Bréfritari: Benedikt Hálfdanarson
Dagsetning: A-1878-10-06
Skrifað á: Vesturheimi

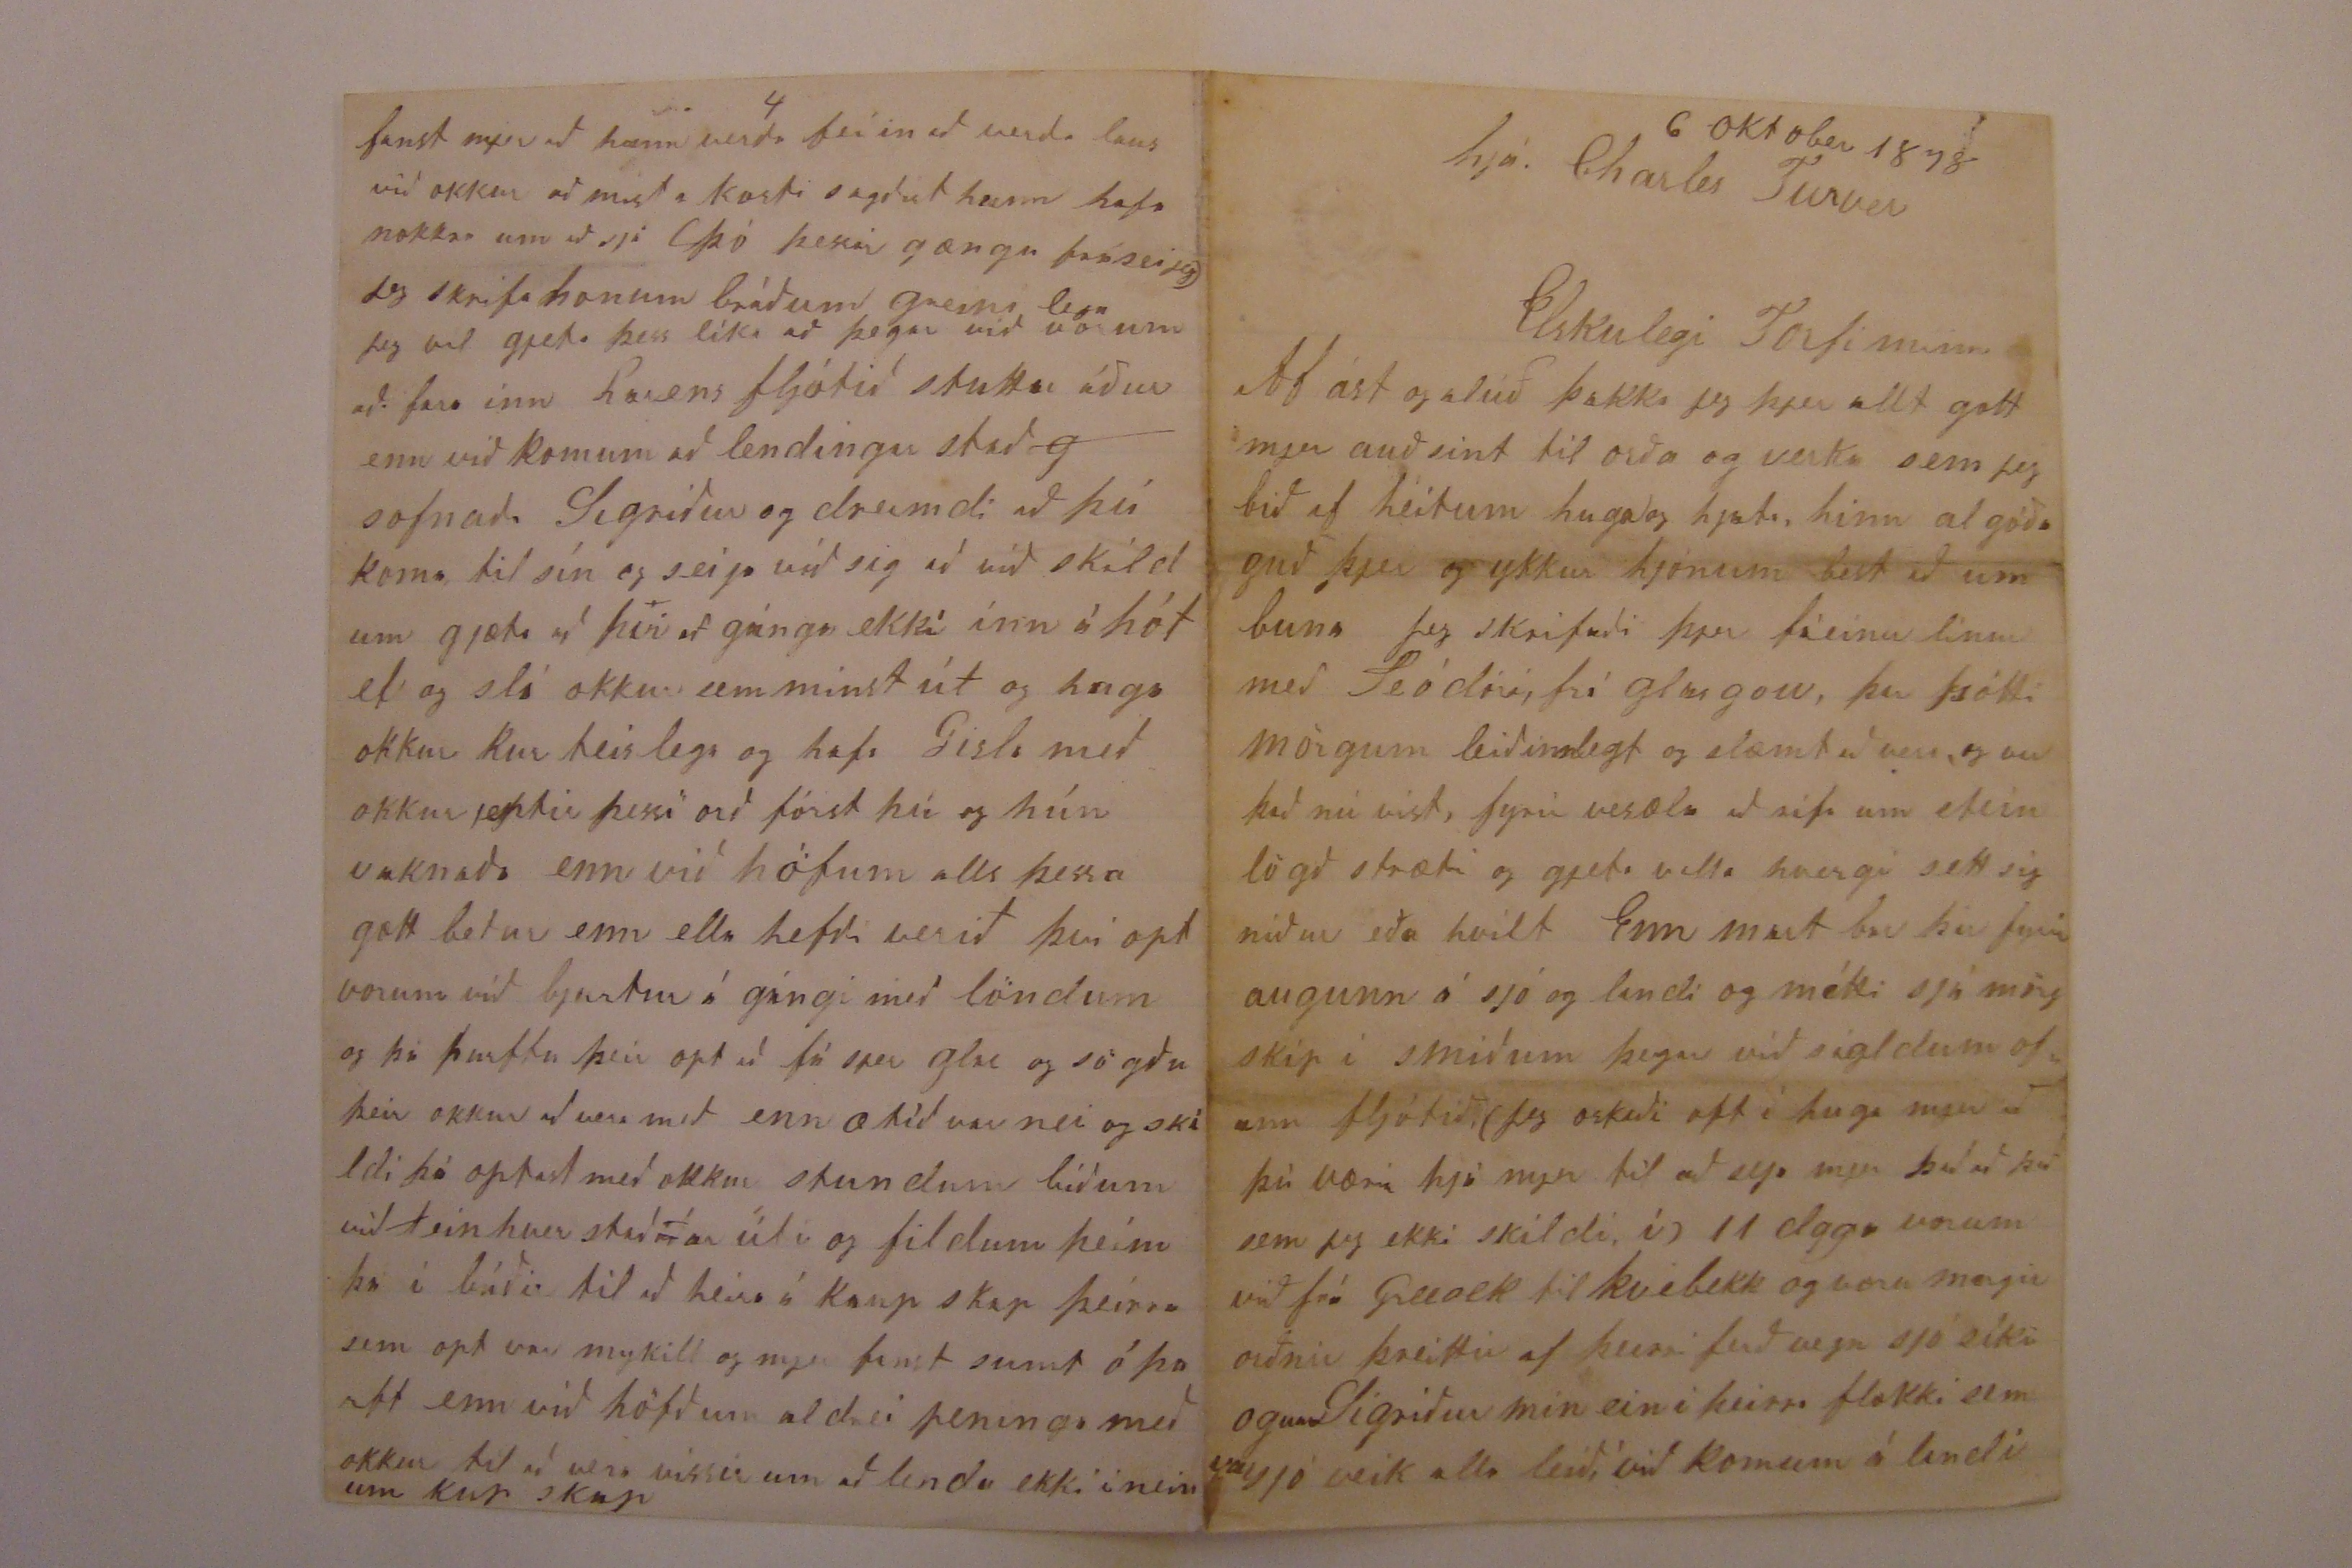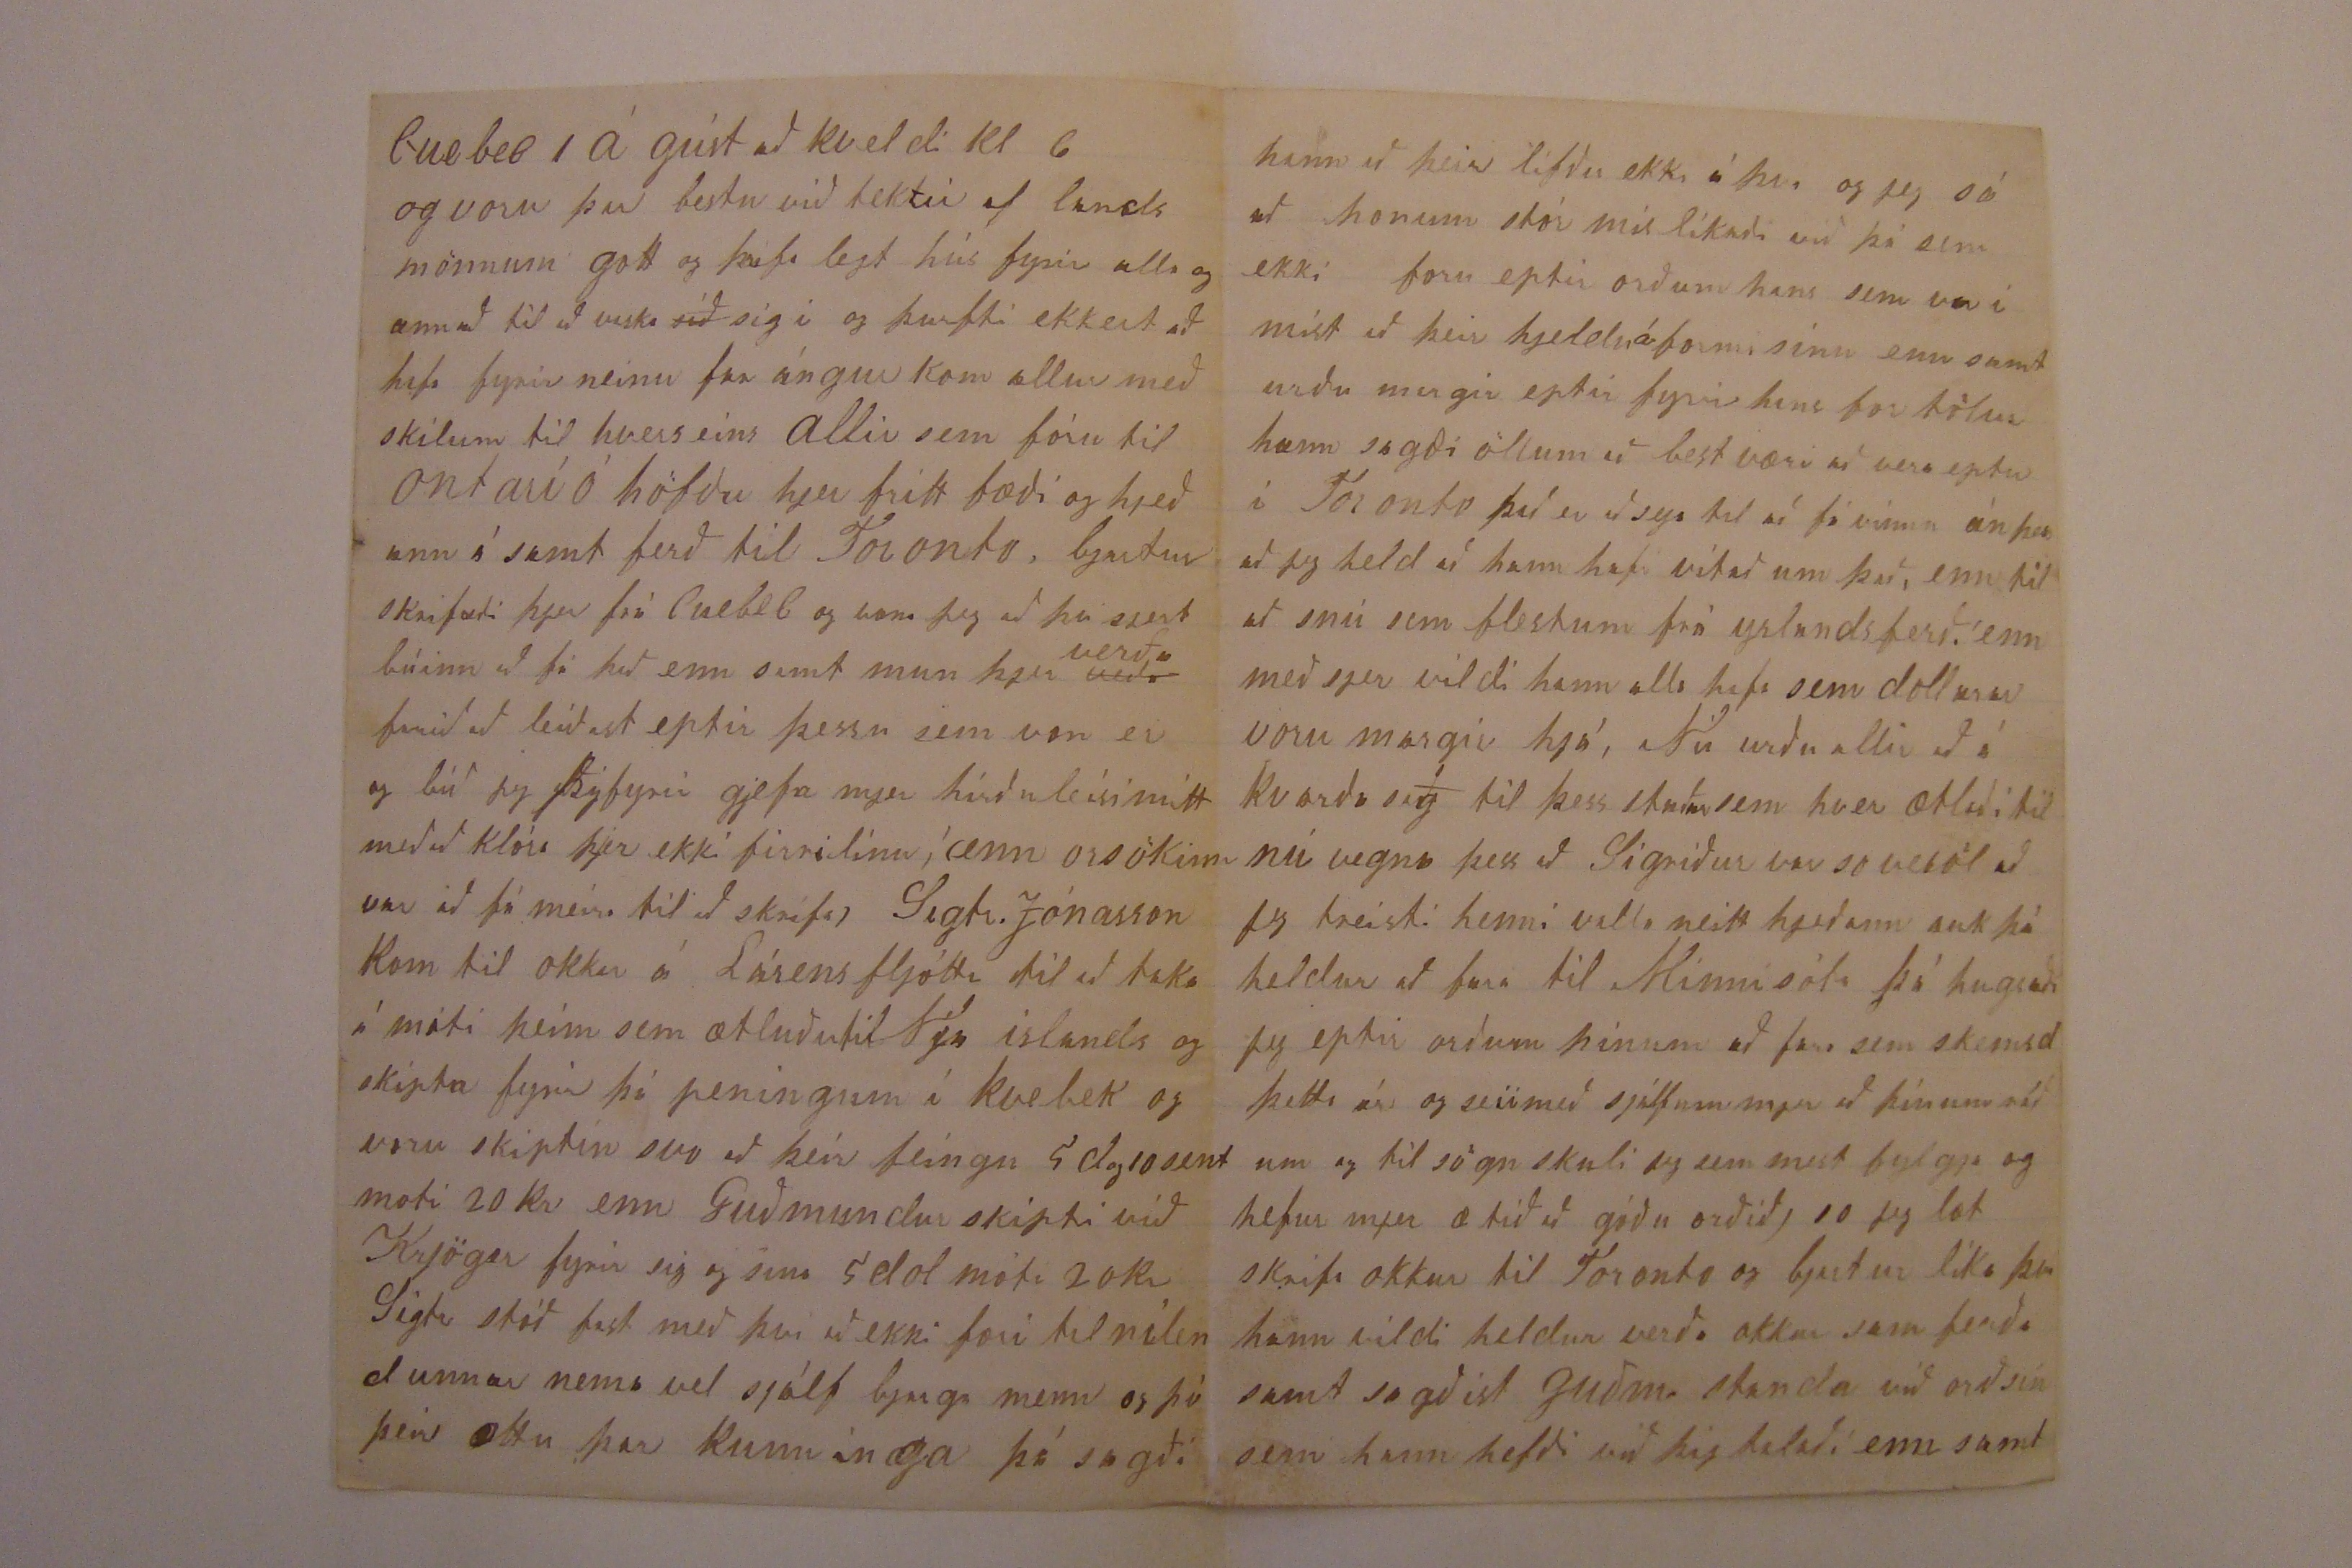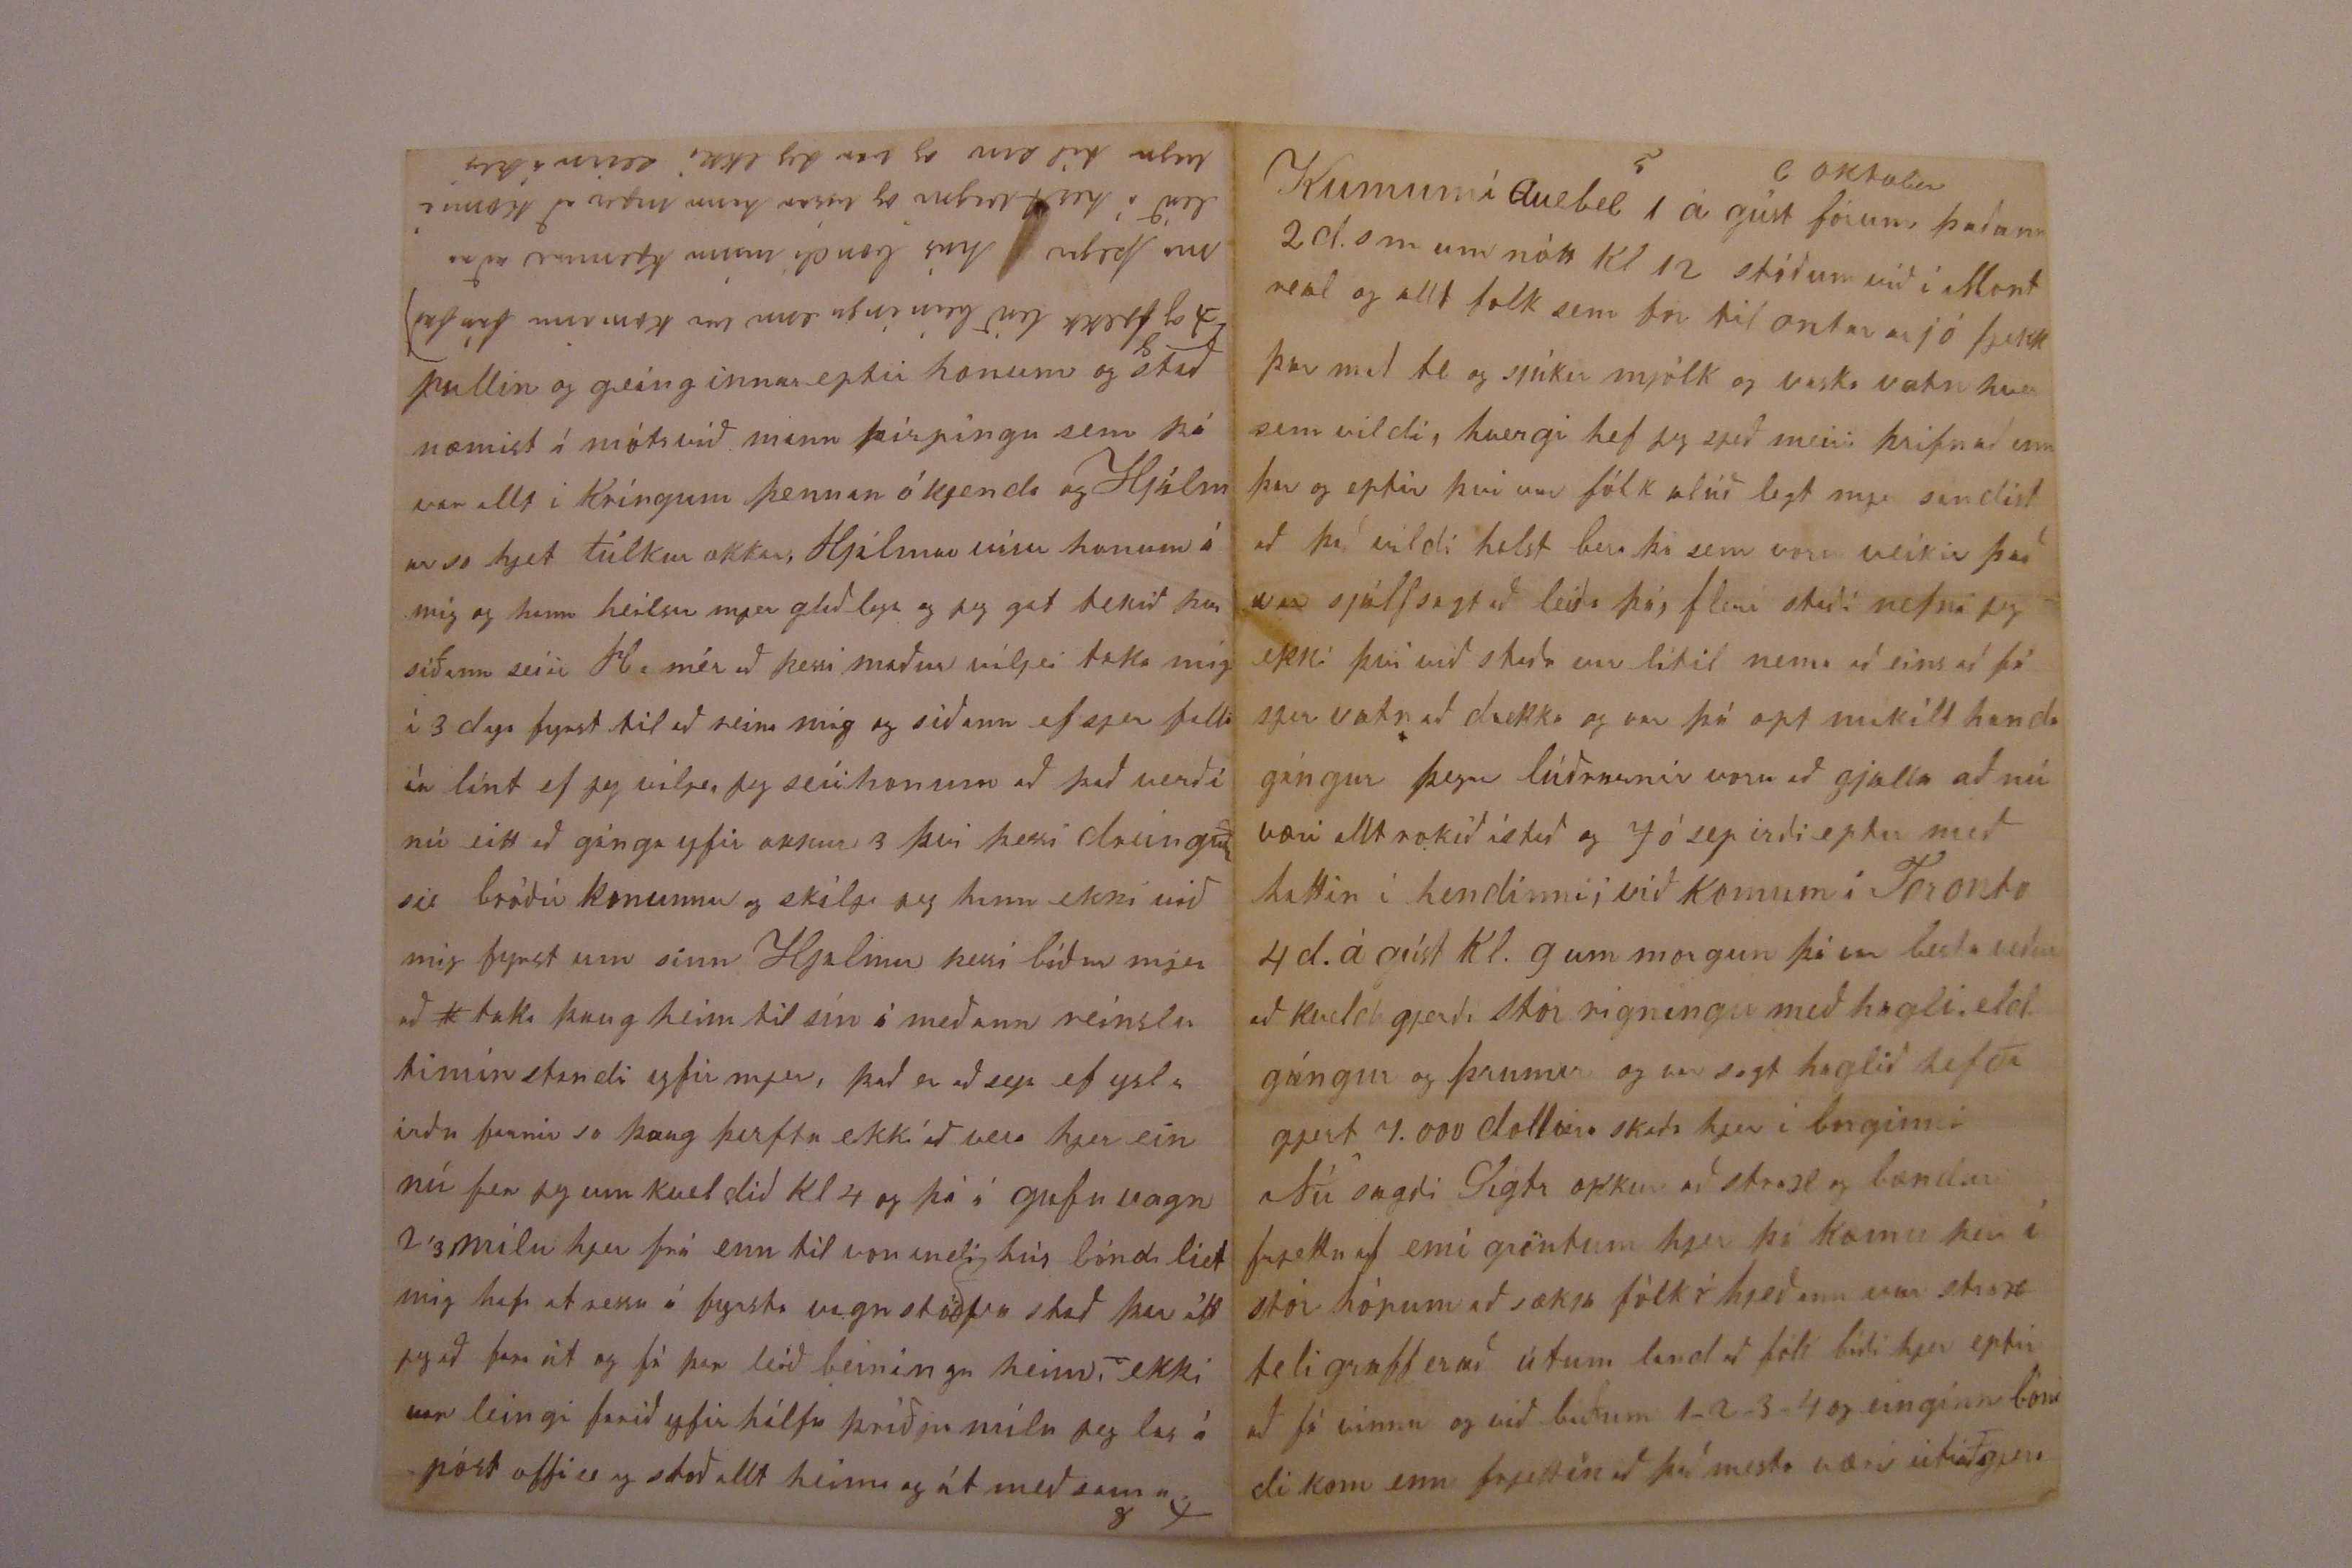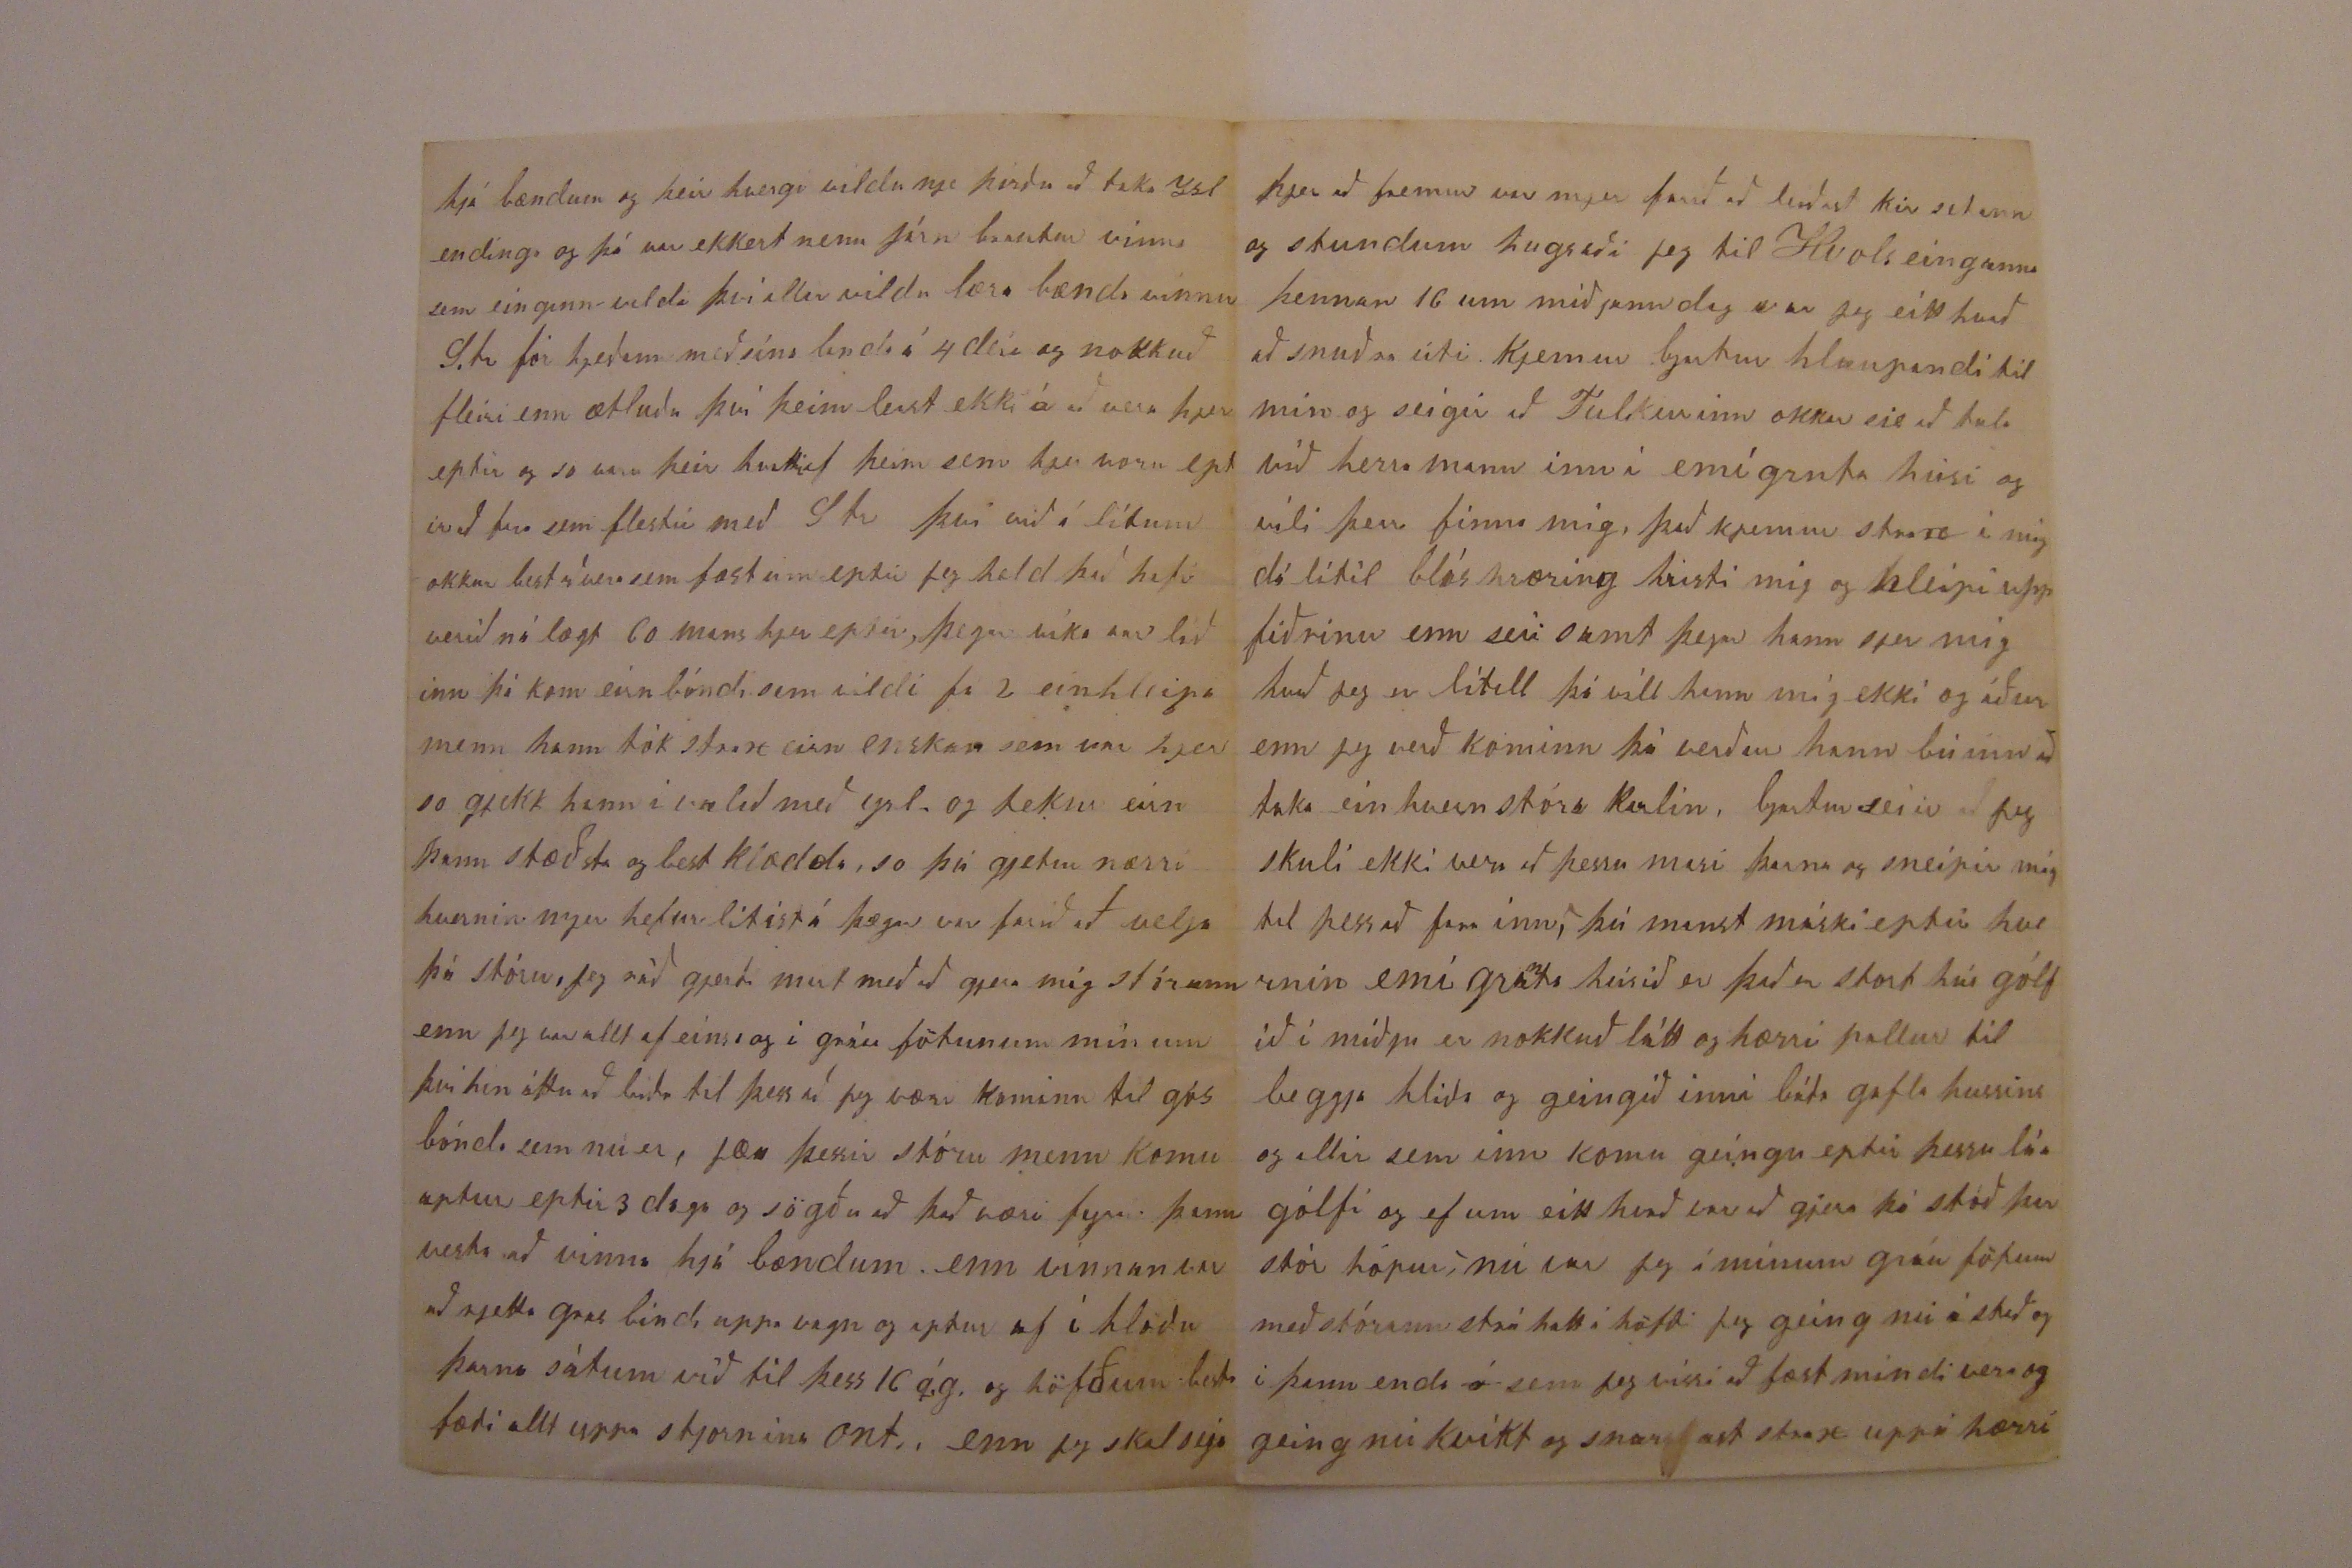

6 Oktober 1878
Elskulegi Torfi minn
Af ást og alúð þakka jeg þjer allt gott mjer auðsínt til orða og verka sem jeg bið af heilum huga og hjarta hinn al góða guð þjer og ykkur hjónum best að um buna Jeg skrifaði þjer fáeinar línur með Teódóri frá glasgow, þar þótti mörgum leiðinnlegt og slæmt að vera, og var það nú víst, fyrir vesæla að ráfa um stein lögð stræti og gjeta valla hvergi sett sig niður eða hvílt Enn mart bar þar fyrir augunn á sjó og landi og mátti sjá mörg skip í smíðum þegar við sigldum ofann fljótið (Jeg oskaði opt í huga mjer að þú værir hjá mjer til að seja mjer það að það sem jeg ekki skildi í) 11 daga vorum við frá
Grecock
til Kvebekk og voru margir orðnir þreittir af þeirri ferð vegn sjó síki og var Sigríður mín ein í þeirra flokki sem
var
sjó veik alla leið, við komum á land í
Cuebec 1 ágúst að kveldi kl 6 og voru þar bestu við tektir af lands mönnum gott og þrifalegt hús fyrir alla og annað til að vaska
við
sig í og þurfti ekkert að hafa fyrir neinu farángur kom allur með skilum til hvers eins Allir sem fóru til Ontaríó höfðu hjer frítt fæði og hjeðann á samt ferð til Toronto, bjartur skrifaði þjer frá Cuebek og vona jeg að þú sjert búinn að fá það enn samt mun þjer
veða
verða
farið að leiðast eptir þessu sem von er og bíð jeg þig fyrir gjefa mjer hirðuleisi mitt með að klóra þjer ekki firri línu (enn orsökinn var að fá meira til að skrifa) Sigtr. Jónasson kom til akkar á Lárens fljóti til að taka á móti þeim sem ætluðu til Nýa íslands og skipta fyrir þá peningum í Kvebek og voru skiptin svo að þeir feingu 5 d og 10 sent moti 20 Kr enn Guðmundur skipti við Krjöger fyrir sig og sína 5 dol móti 20 Kr Sigtr stóð fast með því að ekki færi til nílendunnar nema vel sjálf bjarga menn og þó þeir ættu þar kunninga þá sagði
henni að þeir lifðu ekki á því og jeg sá að honum stór mislíkaði við þá sem ekki foru eptir orðum hans sem var í ímist að þeir hjeldu áformi sínu enn samt urðu margir eptir fyrir hans fortölur hann sagði öllum að best væri að vera eptir í Toronto það er að sega til að fá vinnu án þess að jeg held að hann hafi vitað um það, en til að snú sem flestum frá yslandsferð. enn með sjer vildi hann alls hafa sem dollarar voru margir hjá. Nú urðu allir að á kvarða sig til þess staðar sem hver ætlaði til nú vegna þess að Sigríður var so vesöl að jeg treisti henni valla neitt hjeðann auk þá heldur að fara til Minnisóta þá hugsaði jeg eptir orðum þínum að fara sem skemsd þetta ár og seii með sjálfum mjer að þínum ráðum og tilsögn skuli jeg sem mest fylgja og hefur mjer ætíð að góðu orðið) so læt jeg skrifa okkur til Toronto og bjartur líka því hann vildi heldur verða okkur samferða samt sagðist Guðm. standa við orð sín sem hann hafði við þig talað enn samt
fanst mjer hann verða feiinn að verða laus við okkur að mista kosti sagðist hann hafa nokkra um að sjá (þó þessir gængu frá sei jeg) jeg skrifa honum bráðum greinilega jeg vil gjeta þess líka að þegar við vorum að fara inn Larens fljótið stuttu áður enn við komum að lendinga stað
g
sofnaði Sigríður og dreimdi að þú koma til sín og seiga við sig að við skildum gjæta að því að gánga ekki inn í hótel og slá okkur sem minst út og haga okkur kurteislega og hafa Gísla með okkur eptir þessi orð fórst þú og hún vaknaði enn við höfum alls þessa gætt betur enn ella hefði verið því opt vorum við bjartur á gángi með löndum og þá þurftu þeir opt að fá sjer glas og sögðu þeir okkur að vera með enn ætíð var nei og skildi þó optast með okkur stundum biðum við einhverstaðar úti og fildum þeim þá í búðir til að heira í kaupskap þeirra sem opt var mykill og mjer fanst sumt óþarpt enn við höfðum aldrei peninga með okkur til að vera vissir um að lenda ekki í neinum kaup skap
6 Oktober
Kumum í Quebek 1 ágúst fórum þaðann 2 d. sm um nótt kl 12 stóðum við í Montreal og allt folk sem fór til ontararjo fjekk þar með te og mjólk og vaska vatn hver sem vildi, hvergi hef jeg sjeð meiri þrifnað enn þar og eptir því var fólk alúðlegt mjer síndist að það vildi helst bera þá sem voru veikir það var sjálfsagt að leiða þá, fleiri staði nefni jeg ekki því við staða var lítil menn að eins að fá sjer vatn að drekka og var þá opt mikill handa gángur þegar lúðrarnir voru að gjalla að nú væri allt rokið ástað og Jósep irði eptir með hattin í hendinni, við komum í Toronto 4 d. ágúst kl. 9 um morgun þá var besta veður að kveldi gjerði stór rigningu með hagli. eld gángur og þrumur og var sagt haglið hefði gjert 7.000 dollara skaða hjer í borginni
Nú sagði Sigtr okkur að strax og bændur frjettu af emígröntum hjer þá kæmu þeir í stór hópnum að sækja fólk, hjeðann væri strax teligrafferað útum land að fólk biði hjer eptir að fá vinnu og við biðum 1-2-3-4 og einginn bóndi kom enn frjettin að það mesta væri úti að gjera
hjá bændum og þeir hvergi vildu nje þirðu að taka Islendinga og þá var ekkert nema járn brautar vinna sem eiginn vildi því allir vildu læra bænda vinnu
Str fór hjeðann með sína landa á 4 deii og nokkuð fleiri enn ætluðu því þeim leist ekki á að vera hjer eptir og so voru þeir hvattir af þeim sem hjer voru eptir að fara sem flestir með Str því við álitum okkur best að vera sem fæstum eptir jeg held það hafi verið nálægt 60 mans hjer eptir, þegar vika var liðinn þá kom eirn bóndi sem vildi fá 2 einhleipa menn hann tók strax eirn enskan sem var hjer so gjekk hann í valið með ysl. og tekur eirn þann stæðsta og best klædda so þú gjetur nærri hvernin mjer hefur litist á þegar var farið að velja þá stóru. Jeg ráð gjerði mest með að gjera mig stórann enn jeg var alltaf eins og í gráu fötunum mínum því hin áttu að bíða til þess að jeg væri kominn til gós bónda sem nú er, jæa þessir stóru menn komu aptur eptir 3 daga og sögðu að það væri fyrir þann vesta að vinna hjá bændum. enn vinnan er að rjetta gras bindi uppa vagn og aptur af í hlöðu þarna sátum við til þess 16 ág. og höfðum besta fæði allt uppa stjornina Ont. enn jeg skal seja
þjer að fremur var mjer farið að leiðast kir setann og stundum hugsaði jeg til Hvols einganna þennan 16 um miðjann dag var jeg eitthvað að snuðra úti. Kjemur bjartur hlaupandi til mín og seigir að Tulkurinn okkar sie að tala við herramann inn í emígranta húsi og vili þeir finna mig, það kjemur strax í mig dálítil bláshræring hristi mig og hleipi upp fiðrinu enn seii samt þegar hann sjer mig hvað jeg er lítill þá vill hann mig ekki og áður enn jeg verð kominn þá verður hann búinn að taka einhvern stóra karlin. bjartur seiir að jeg skuli ekki vera að þessu masi þarna og sneipir mig til þess að fara inn, þú mast máski eptir hvernin emígranta húsið er það er stort hús gólfið í miðju er nokkuð látt og hærri pallur til beggja hliða og geingið inní báða gafla hussins og allir sem inn komu geingu eptir þessu láa gólfi og ef um eitthvað var að gjera stóð þar stór hópur nú var jeg í mínum gráu fötum með stórann stráhatt á höfði jeg geing nú á stað og í þeim enda
á
sem jeg vissi að fæst mindi vera og geing nú kvikt og snarast strax uppá hærri
pallin og geing innan eptir honum og staðnæmist á móts við mann þirpingu sem þá var allt í kríngum þennan ókjenda og Hjálmar so hjet túlkur okkar Hjálmar vísar honum á mig og hann heilsar mjer glaðlega og jeg gat tekið
þar
síðann seiir H. mér að þessi maður vilji taka mig í 3 daga fyrst til að reina mig og síðann ef sjer falli ár lánt ef jeg vilji, jeg seii honum að það verði nú eitt að gánga yfir okkur 3 því þessi dreingur sie bróðir konunnar og skilji jeg hann ekki við mig fyrst um sinn Hjalmar þessi bíður mjer að
k
taka þaug heim til sín á meðann reinslu tímin standi yfir mjer, það er að seja ef ysl. irðu farnir so þaug þirftu ekki að vera hjer ein nú fer jeg um kveldið kl 4 og þá í gufuvagn 2, 3 mílur hjer frá enn til vonandi hús bóndi liet mig hafa atressu á fyrsta vagn stöðva stað þar átti jeg að fara út og fá þar leið beiningu heim, ekki var leingi farið yfir hálfa þriðju mílu jeg las á póst office og stoð allt heima og út með sama
og fjekk leiðbeingingu
enn var kominn fáa faðma þegar hús bondi minn kjemur aðra leið í hestvagni og vísar hann mjer að koma í vagn til sin og var jeg ekki seirn á því
8 Oktober 1878
Elskulegi Torfi minn
Jeg held þjer verði farið að leiðast þetta rugl enn þú verður nú að hafa það samt því ekki er nema hálf sögð saga enn þá. Við höldum nú áframm í hestvagni spöl korn so snír hann hestinum að einu hliði jeg hugsa strax að þar ætli hann inn og er nú ekki seirn að ljúka upp aður enn hann saði mjer og heiri jeg að hann seiir aldeilis rjett um leið að hann kjemur inn um hliðið so bíður hann meðann jeg læt aptur og fer jeg aptur í vagn upp dálitla brekku gjegnum skó og að fallegu húsi og þá erum
0
við komnir heim so tökum við af hestinum og jeg skjer gras í maskinu og so mat búum við fyrir klárinn, síðann förum við inn og þurfi heima fólkið að skoða þetta skrímsl sem komið var, so spir hann mig hvert jeg vilie hafa fata skipti því nú var jeg í mínum vestu fötum, mjer er vísað í hús til að hafa fata skipti og so kjem jeg aptur og bíður þá húsbóndin mín og bíður mig að koma með sjer útí fallegann epla garð og hefur með sjer verk færi sem er líkast vallar klóru nokkuð minna og þar sem er trie hans er mjög
kant
járn eða stál
sem beiist á eirn veg og er egg að neðan með þessu vekfæri síndi hann mjer hvernin jeg ætti að höggva upp milli gras sem þarf burt að
rína
frá þei sem vagsa
úr
hann tók bara frá eirnri plöntu og sendi mjer leið so á meðann jeg tók frá annari og
seii
aldeilis rjett og hleipur síðann burt þarna var eg við 1 tíma þá var kom regn og mjer sagt að fara inn með því að þá for að koma mirkrið og ljós kveikt og var þá heldur enn ekki farið að vita hvað mijkið eg gæti talað og jeg spurður í marga vegi þá kom hand bókin fram á borðið og jeg verð að telja framm fólkið sem mjer fildi og gjörði jeg það (það er að seja það verkfæri) þetta geingur stundum 000 síðann kallar húsmóðurinn á mig og við förum ofaní kjallara þar stendur Strokkur hún spir mig hvert jeg kunni að strokka jeg seii nei hún tekur síðann snöggvast í strokkinn og biður mig að gjöra eins og gjöri jeg það og er
þann
eirn kóf sveittur að berja strokkin með lángri bullu þar til að húsmóðurinn kjemur aptur og þikir þá full strokkað, so er tekinn kvöldmatur og frammaf því farið að sofa Jeg hátta hjá unglíngs pilti sem kom hjer í vor frá Englandi, hann fer ur öllum fötum frammá lopti legst síðann á hnéin við
fóta gafl á ruminu og heldur báðum höndum fyrir augun stundarkorn áður enn fer í rúm við sváfum samann í 3 nætur og fór vel so skildum við
rum
og er hinn hjeðann farinn nú, daginn eptir vakna jeg firstur enn ligg samt kir og er nú að hugsa um hvernin mjer muni fnast að vinna í dag því ekki vildi jeg þurfa að fara aptur á emígranta húsið eins og sumir jæa nú er farið á fætur þveiið sjer og borðað síð
ann
tek jeg sama verkfæri sem kveldið fir og held á því allann þennan dag og kjemur húsbódi minn til mín 2 um daginn og líkar vel verkið nú er Laugardagskvöld seigist hús b að jeg meigi finna konuna ef jeg vilie henn til skemtun og kom til sín a S.d. kvöl enn mjer þikir nokkuð seint og er kir til S. þá fer jeg að reina að spjalla við húsmóðurina áður enn jeg fer hvert jeg meii ekki láta konu mína og bróður hennar koma á Mánu daginn og geingur það vel og fer hún með mig í hús sem er laust við að
al
í veru húsið og spir mig hvert jeg gjeri mig ánægðann með að vera í þessu húsi í sumar hun þikist skuli láta gjera við það so það verði gott að lifa í ár lánt jeg seigi já og fer nú á nægður á stað að gjeta sagt þeim hvar kom
Nú kjem jeg til ysl. aptur og er nú fljótt spurður að hvernin mjer hafi líkað jeg læt lítið yfir því, þá þikast þessir 2 ekki þurfa að spirja hvernin sje að vera hjá bændum þá spirja þeir mig hvert jeg ætli aptur jeg seigi já og konan og bjartur komi á morgun þeir verða hissa á þessu því til tekið var að jeg ætti að vinna fyrst 3-4 daga til viku
S. og bjartur verða glöð þegar jeg sei þeim hvernin mjer hafi litist á allt því jeg seigi þeim sem hefur reinst fólkið er allt ágætt gott við okkur Sigríður og bjartur koma so á Manudaginn með allt dótið kl 8 um morgun með jarnbraut og það
heirs
heirist heim þegar vagnin stansar á stasíóninni og mjer er sagt að fara á stað með hest og vagn til að sækja allt Kramið (og þá var jeg fljótur) og var tekið vel á móti þegar heim kom, Hjálmar þessi sem jeg hef gjetið um og var tulkur okkar ysl er úr Eiga fyrði og er búinn að vera hjer í 4 ár á konu og 2 börn, þegar hann var búinn alveg að koma okkur hjer fyrir þá gaf jeg honum 5 dl hann hefur komið til okkar á hverjum Sunnudeigi og kona hans æfinlega eitthvað sent Sigríði, allir lanndar sem urðu
lagar
eptir í Toronto urðu að fara í járn
a
brautar vinnu 80 mílur til Kolimutt kaup þar er 1 dol um d og fæða sig þetta fæst til jóla enn
9 Oktober 1878
Jeg kaupi Frammfara og Ysafold hjá Sigtr mestur hiti hjer eptir að við komum 90 gráður á skugga
jafans heið
birtur og kul af einhverri átt og nu er besta sumar veðrátta þessa viku að hega fyrir kír er jeg stort gras sem 0000 tonn er i því
indin
korn
enn hvað tekur þá við veit jeg ekki Hjálmar fór með þeim og var viku að koma þeim
niðurl
so kom hann til okkar því allt var óútgjert með kaup og varð sú niður staðan að húsmóðurin tók bjart að
00
sjer uppá þann máta að hann vinni fyrir föt og fæði til vors og hefi 3
máðu
mánuði til að vera á skóla í vetur so seigir hún að hann verði ótvílugur með mál henni fellur
ágæta
vel við hann og öllum og hann spjallar við það eins og heima Jeg rjeðist uppá þann máta að vinna í 12 mánuði og kaup er 120 dl. og jeg hef frítt hús, það er álíka stórt og húsið þitt nema nokkuð hærra við erum hjer 4 en í þessu husi bjartur við hjónin og stulka sem Sigríður hefur tekið að sjer að sjá um í vetur ekki gjet jeg sagt þjer hvað hún heitir það fjölgaði að fara nótt þess 8 kl 2 og guð gaf að það gjekk allt vel það koma sjer líka best því hvergie var sótt ifir setu kona nje læknir húsmóðir
inn kom þegar var fjölgað og hjalaði so til eptir það sem þurfti Sigríður var á fótum daginn fyrir til kvöld og jeg held að hún að hún muni frískast fljótt aptur, jeg seiga þjer að það er nú hálpart ólund í mjer að það skildi ekki vera dreingur því mjer sínist að kvenn fólkið gjeri hjer lítið af uti vinnu) jeg ætla að seiga þjer hvað jeg hef bitið og brent í mánuð það er alls uppa 6 dl. 32 sent af
k
hverju fyrir sig nenni jeg ekki að skrifa nema nema kaffið og sikur 0 kaffi
P
te 25 sent 2
P
sikur 20 sent 1
P
smjer 20 sent Kol í stó 1 dl. (Eldstó með pottum og pönnum fyrir 9 dl Mr. Turver keipti hana fyrir mig hann fær allt með nokkurs prís það eru hjer eptir laun prests eins og hann er hann er ní búinn að seiga af sjer þikir hitt næðis betra hann er nokkuð gamall maður og vill nú lifa góðu lífi sem eptir er og gjetur það líka því það er sagt hjer að hann sje ríkur so við gjetum feingið það sem við viljum til að lifa á það vantar heldur ekki að hún bjoði Sigriði og gjefur henni mijkið þau fá besta orð hjer í kríng, so jeg á lít
okkur fremur heppinn svona uppá fyrsta gáng H. sagði mjer eptir honum að hann hefði sagt sjer að jeg mindi verða hjá sjer 6 ár því sjer þókti það skrítið ef sjer fjelli vel við mig að mjer gæti ekki fallið vel við sig hann segist hafa sagt að
jg
jeg mundi vilja fara að 0000 það fyrsta að jeg gæti, jæa gott og vel jeg skal hjá honum
lend
sagði kall, jeg sje nú hvernin veturinn fer með mig, hann hefur 11 ekrur istar og so nokkuð stórann epla garð og alls konar í vexti jeg á að plæa
glæp
í haust er eirn hestur 2 kír 3 svín 25 gæsir 30 hænsn jeg fer nú að hætta þessu rugli eg bið þig nú að lesa í málið þar sem of eða van er sem er víða því nú er ekki besta rjett ritun Nú bið jeg að heilsa sjerstaklega konu þinni á samt öllum blessuðum börnunum og vildi
jeg
að eitthvað af þeim væri komið til mín þegar jeg er orðinn góður bóndi hjer, þar næst sistrum mínum á samt öllu fólki í þínum bæ Hvoli og Kleifum vertu so ætíð kjært kvaddur í anda og sannleika af þínum einlægum vini sem óskar þjer lukku og alkyns yndi so leingi sem heitir
B Hálfdánsson
Sigríður biður mig að skila kjærri kveðju til þín og þinna og sinna sistra og þær að skrifa sjer þo hún ekki gæti það nú þá skulu þær fá það seirna þá ætlar hún að sega þeim alla ferða sögu
00
sína og so hvað mijkið að hún egi þá til jeg skal sejga þeim nokkuð það er þá fyrst eina dóttur mjög
næsa
seigir húsmóðurinn klukku og Eldstó, Mart er nú eptir enn að seiga þjer Torfi minn enn þó verð jeg að hætta nu þetta er allt kvöld vinna og kl er nú 1 og í firra málið hleip jeg með það í stasíjónina til Mr. Grin, við bjartur höfum alltaf haft bestu heilsu jeg aldrei snert af magaveiki höfuðverk eða neinu það er líka kominn grófur hugur í mig að græða jeg á nú óeidda 60 dollara sem jeg læt ekki vita af hvað sem tautar þeir eiga að vera til húsins jeg má til að lifa spart til að gjeta orðið sem fyrst ríkur kansgi að þú komir og þá verð jeg að vera so að jeg gjeti tekið almennilega á móti þjer og lofað ykkur að vera fyrsta árið það er nú ekki um að tala að jeg tak so stórt land sem jeg gjet að hverju sem það verður
Elskan mín hjálpaðu mjer um þ. v. fjelags
Alm 79
jeg gleimdi því í sumar vertu sæll B. H son